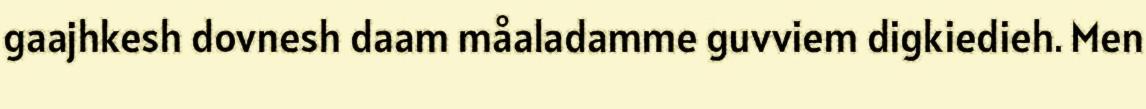
gaajhkesh dovnesh daam måaladamme guvviem digkiedieh. Men